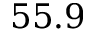
5 5 . 9